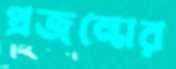
প্রজন্মের